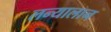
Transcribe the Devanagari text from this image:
लन्यालान